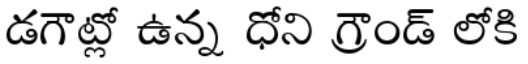
డగౌట్లో ఉన్న ధోని గ్రౌండ్ లోకి